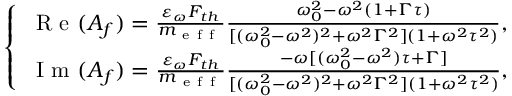
\left\{ \begin{array} { l l } { \mathrm { ~ R ~ e ~ } ( A _ { f } ) = \frac { \varepsilon _ { \omega } F _ { t h } } { m _ { \mathrm { ~ e ~ f ~ f ~ } } } \frac { \omega _ { 0 } ^ { 2 } - \omega ^ { 2 } ( 1 + \Gamma \tau ) } { [ ( \omega _ { 0 } ^ { 2 } - \omega ^ { 2 } ) ^ { 2 } + \omega ^ { 2 } \Gamma ^ { 2 } ] ( 1 + \omega ^ { 2 } \tau ^ { 2 } ) } , } \\ { \mathrm { ~ I ~ m ~ } ( A _ { f } ) = \frac { \varepsilon _ { \omega } F _ { t h } } { m _ { \mathrm { ~ e ~ f ~ f ~ } } } \frac { - \omega [ ( \omega _ { 0 } ^ { 2 } - \omega ^ { 2 } ) \tau + \Gamma ] } { [ ( \omega _ { 0 } ^ { 2 } - \omega ^ { 2 } ) ^ { 2 } + \omega ^ { 2 } \Gamma ^ { 2 } ] ( 1 + \omega ^ { 2 } \tau ^ { 2 } ) } , } \end{array} \right.